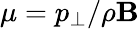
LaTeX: \mu=p_{\perp}/\rho\mathbf{B}